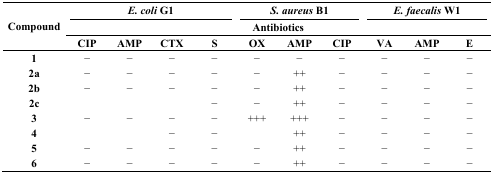
| <ROWSPAN=3> Compound | <COLSPAN=4> E. coli G1 | <COLSPAN=3> S. aureus B1 | <COLSPAN=3> E. faecalis W1 |
 | <COLSPAN=10> Antibiotics |
 | CIP | AMP | CTX | S | OX | AMP | CIP | VA | AMP | E |
 | --- | --- | --- | --- | --- | --- | --- | --- | --- | --- | --- |
 | 1 | − | − | − | − | − | − | − | − | − | − |
 | 2a | − | − | − | − | − | ++ | − | − | − | − |
 | 2b | − | − | − | − | − | ++ | − | − | − | − |
 | 2c |  |  |  | − | − | ++ | − | − | − | − |
 | 3 | − | − | − | − | +++ | +++ | − | − | − | − |
 | 4 |  |  | − | − |  | ++ | − | − | − | − |
 | 5 | − | − | − | − | − | ++ | − | − | − | − |
 | 6 | − | − | − | − | − | ++ | − | − | − | − |